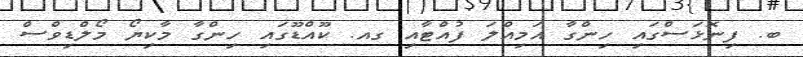
ބ. ފިނޮޅަސްގައި ހިންގާ އަމިއްލަ ފުއްޓާއި ގއ. ކޫއްޑޫގައި ހިންގާ މާކިޔޯ މޯލްޑިވްސް